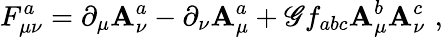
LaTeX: F_{\mu\nu}^{a}=\partial_{\mu}\mathbf{A}_{\nu}^{a}-\partial_{\nu}\mathbf{A}_{\mu}^{a}+\mathscr{G}f_{abc}\mathbf{A}_{\mu}^{b}\mathbf{A}_{\nu}^{c}\, \, ,